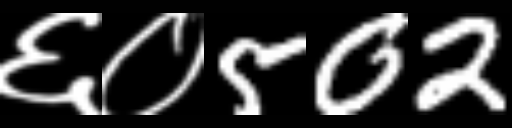
Text: ६०502